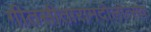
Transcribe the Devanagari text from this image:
गीतसीतारामदोलोत्सव